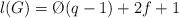
LaTeX: \begin{align*}l(G) = \O(q-1)+2f+1\end{align*}